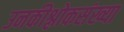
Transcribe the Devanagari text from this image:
उनकीश्लोकसंख्या